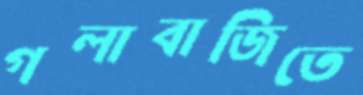
গলাবাজিতে